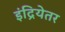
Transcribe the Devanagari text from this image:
इंद्रियेतर